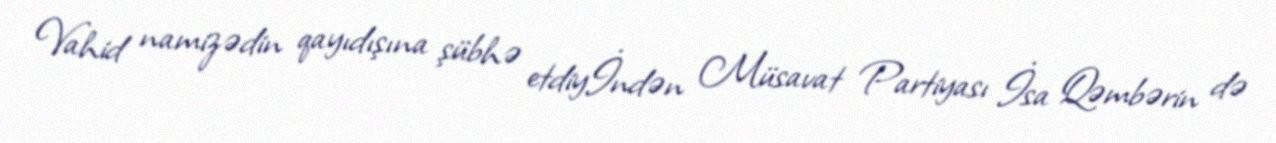
Vahid namizədin qayıdışına şübhə etdiyİndən Müsavat Partiyası İsa Qəmbərin də